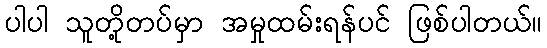
ပါပါ သူတို့တပ်မှာ အမှုထမ်းရန်ပင် ဖြစ်ပါတယ်။